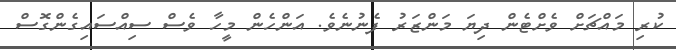
ކުރި މައްޗަށް ވެށްޓެން ދިޔަ މަންޒަރު ފެނުނެވެ. އަންހެން މީހާ ވެސް ސިއްސައިގެންގޮސް